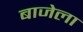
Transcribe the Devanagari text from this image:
बाजेला